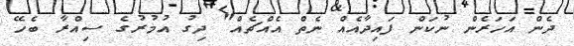
ދެން އަހަރެން ނުކަން ފައިދާއެއް ނެތް އެއްޗެއް" ދިގު އުމުރުގެ ސިއްރާ ބެހޭ